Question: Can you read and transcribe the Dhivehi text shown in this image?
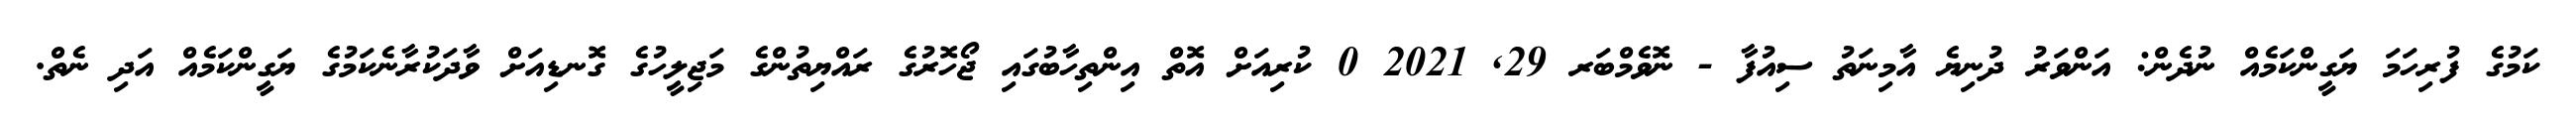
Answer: ކަމުގެ ފުރިހަމަ ޔަގީންކަމެއް ނުދެން: އަންވަރު ދުނިޔެ އާމިނަތު ސިއުފާ - ނޮވެމްބަރ 29, 2021 0 ކުރިއަށް އޮތް އިންތިހާބުގައި ޖޯހޮރުގެ ރައްޔިތުންގެ މަޖިލީހުގެ ގޮނޑިއަށް ވާދަކުރާނެކަމުގެ ޔަގީންކަމެއް އަދި ނެތް.